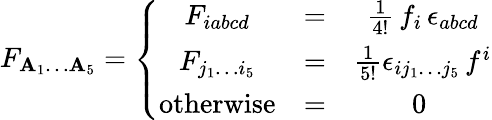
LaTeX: F_{\mathbf{A}_{1}\dots\mathbf{A}_{5}}=\left\{ \begin{array}{ccc}{{F_{iabcd}}}&{{=}}&{{\frac{1}{4!}\, f_{i}\, \epsilon_{abcd}}}\\ {{F_{j_{1}\dots i_{5}}}}&{{=}}&{{\frac{1}{5!}\epsilon_{ij_{1}\dots j_{5}}\, f^{i}}}\\ {{\mathrm{otherwise}}}&{{=}}&{{0\ }}\end{array}\right.